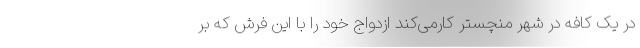
در یک کافه در شهر منچستر کارمی‌کند ازدواج خود را با این فرش که بر